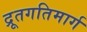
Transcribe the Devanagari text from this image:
द्रूतगतिमार्ग